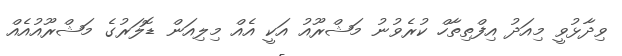
ވިދާޅުވީ މިއަދު އިފްތިތާހް ކުރެވުނު މަޝްރޫއު އަކީ އެއް މިލިއަން ޑޮލަރުގެ މަޝްރޫއުއެއް